Leningradi_Edasi_toimetus, lk 14
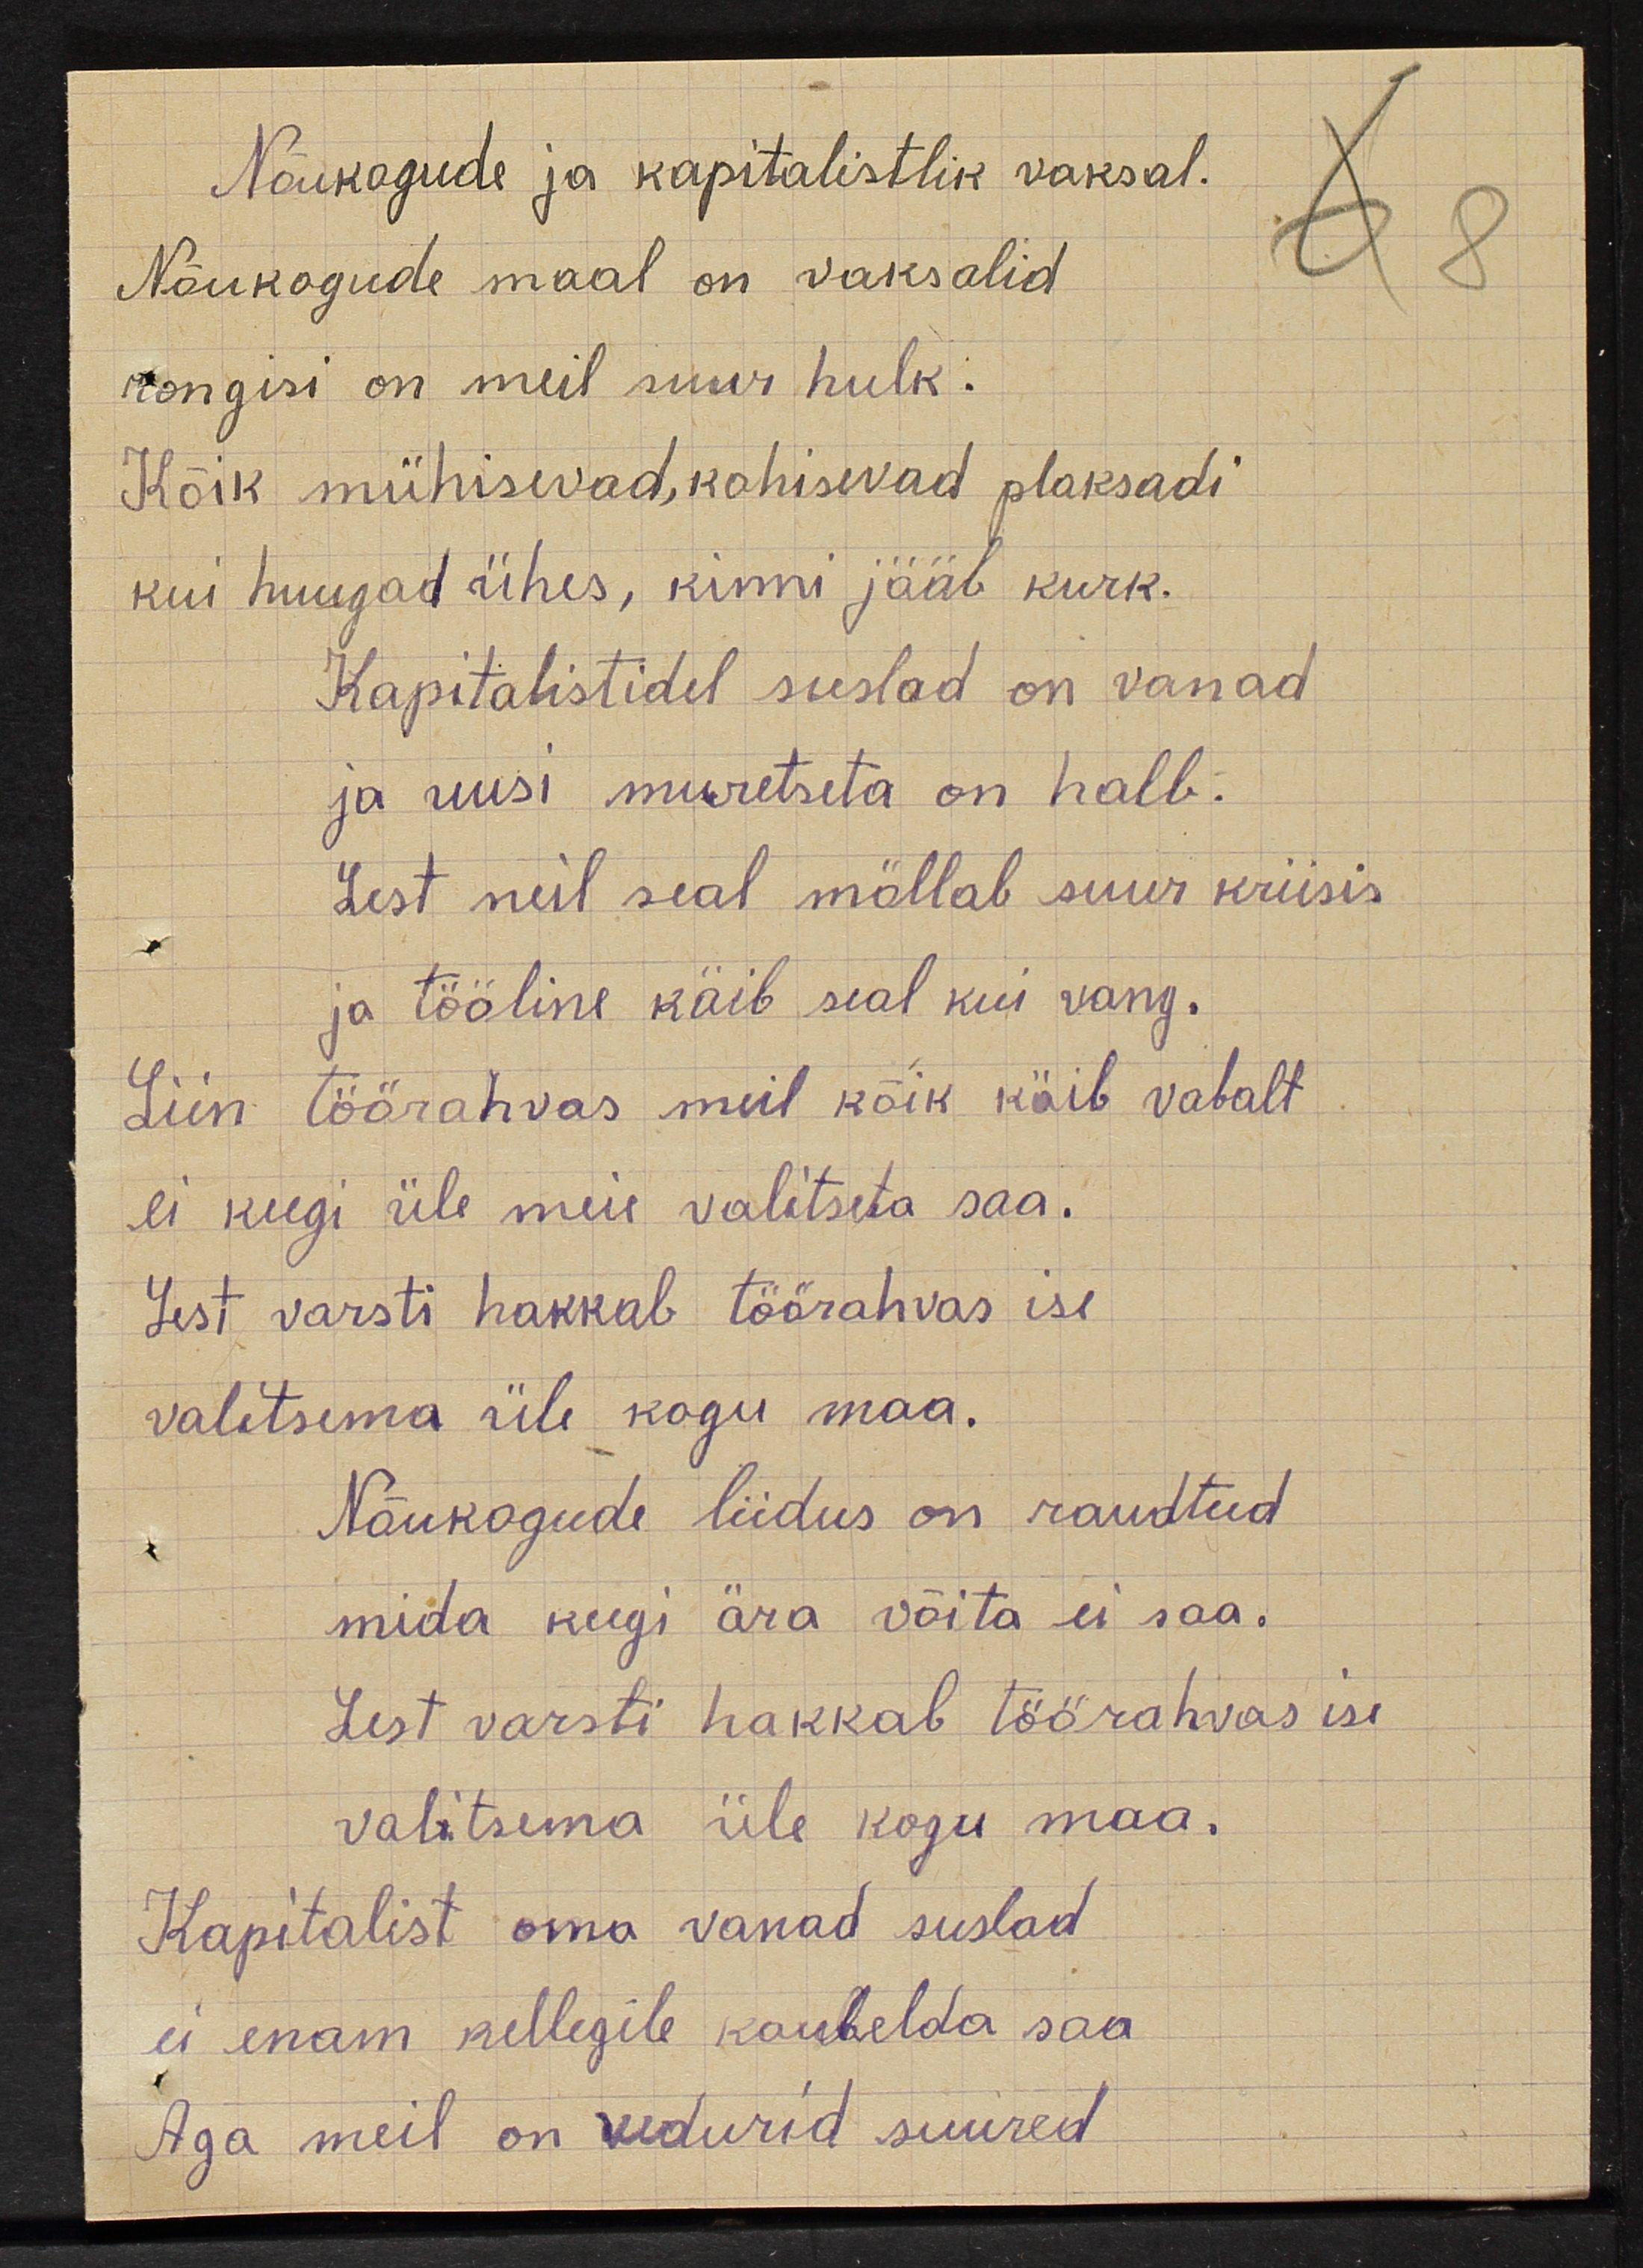
Nõukogude ja kapitalistlik vaksal.
Nõukogude maal on vaksalid
rongisi on meil suur hulk
Kõik mühisevad, kohisevad plaksadi
kui huugad ühes, kinni jääb kurk.
Kapitalistidel suslad on vanad
ja uusi muretseta on halb.
Sest neil seal möllab suur kriisis
ja tööline käib seal kui vang.
Siin  töörahvas meil kõik käib vabalt
ei keegi üle meie valitseta saa.
Sest varsti hakkab töörahvas ise
valitsema üle kogu maa.
Nõukogude liidus on raudteed
mida keegi ära võita ei saa.
Sest varsti hakkab töörahvas ise
valitsema üle kogu maa.
Kapitalist oma vanad suslad
ei enam sellegile kaubelda saa
Aga meil on vedurid suured